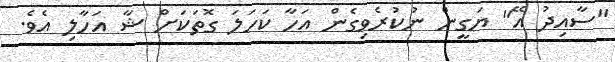
"ސާއިދު އޭ" ޔަގީން ނުކުރެވިގެން އަހާ ކަހަލަ ގޮތަކަށް ޝާ އަހާލި އެވެ.